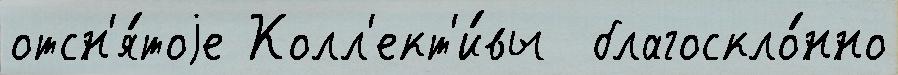
отсн'я́тоjе Колл'ект'и́вы  благоскло́нно